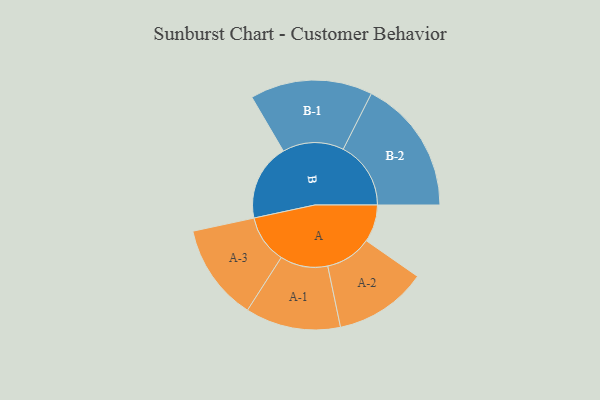
{"axis": {"x": "Segment", "y": "Value"}, "legend": ["", "A", "B"], "data": [{"x": "A", "y": 151, "type": ""}, {"x": "B", "y": 311, "type": ""}, {"x": "A-1", "y": 193, "type": "A"}, {"x": "A-2", "y": 188, "type": "A"}, {"x": "A-3", "y": 196, "type": "A"}, {"x": "B-1", "y": 248, "type": "B"}, {"x": "B-2", "y": 274, "type": "B"}]}